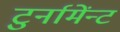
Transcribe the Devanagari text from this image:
टुर्नामेंन्ट